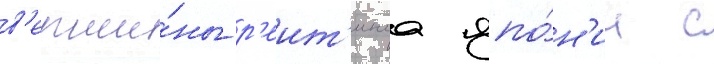
в'ерши́ны р'еит'инга япо́н'ии с